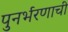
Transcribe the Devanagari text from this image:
पुनर्भरणाची